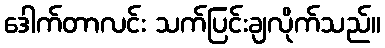
ဒေါက်တာလင်း သက်ပြင်းချလိုက်သည်။